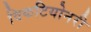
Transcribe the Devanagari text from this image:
विकटियोनरी